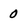
Character: 0